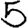
Digit: 5